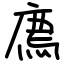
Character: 廌